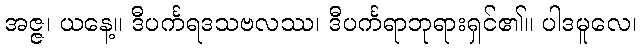
အဇ္ဇ၊ ယနေ့။ ဒီပင်္ကရဒသဗလဿ၊ ဒီပင်္ကရာဘုရားရှင်၏။ ပါဒမူလေ၊